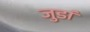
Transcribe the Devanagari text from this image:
जुडां